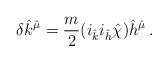
\begin{align*}\delta {\hat k}^{\hat \mu}=\frac{m}{2}(i_{\hat k}i_{\hat h}{\hat \chi}){\hat h}^{\hat \mu}\, .\end{align*}